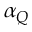
\alpha _ { Q }